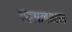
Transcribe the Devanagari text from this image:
वत्सलभाव